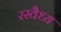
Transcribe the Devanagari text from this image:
रस्वैध्य